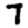
Digit: 7